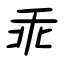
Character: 乖